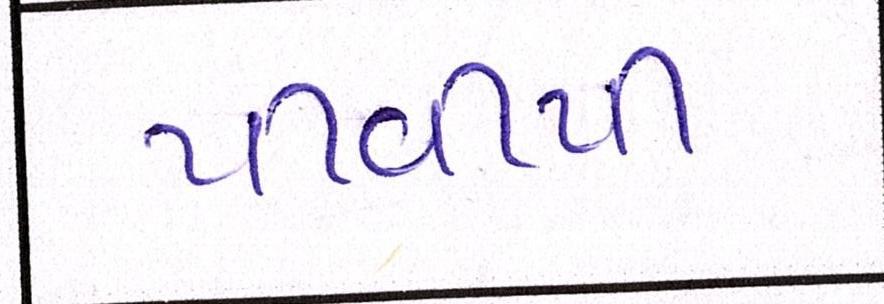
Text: પીવીપી